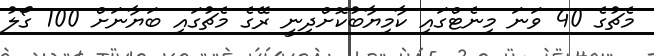
މެޗުގެ 40 ވަނަ މިނެޓްގައި ކާމިޔާބުކޮށްދިނީ ރޭގެ މެޗުގައި ބަޔާނަށް 100 ގޯލު